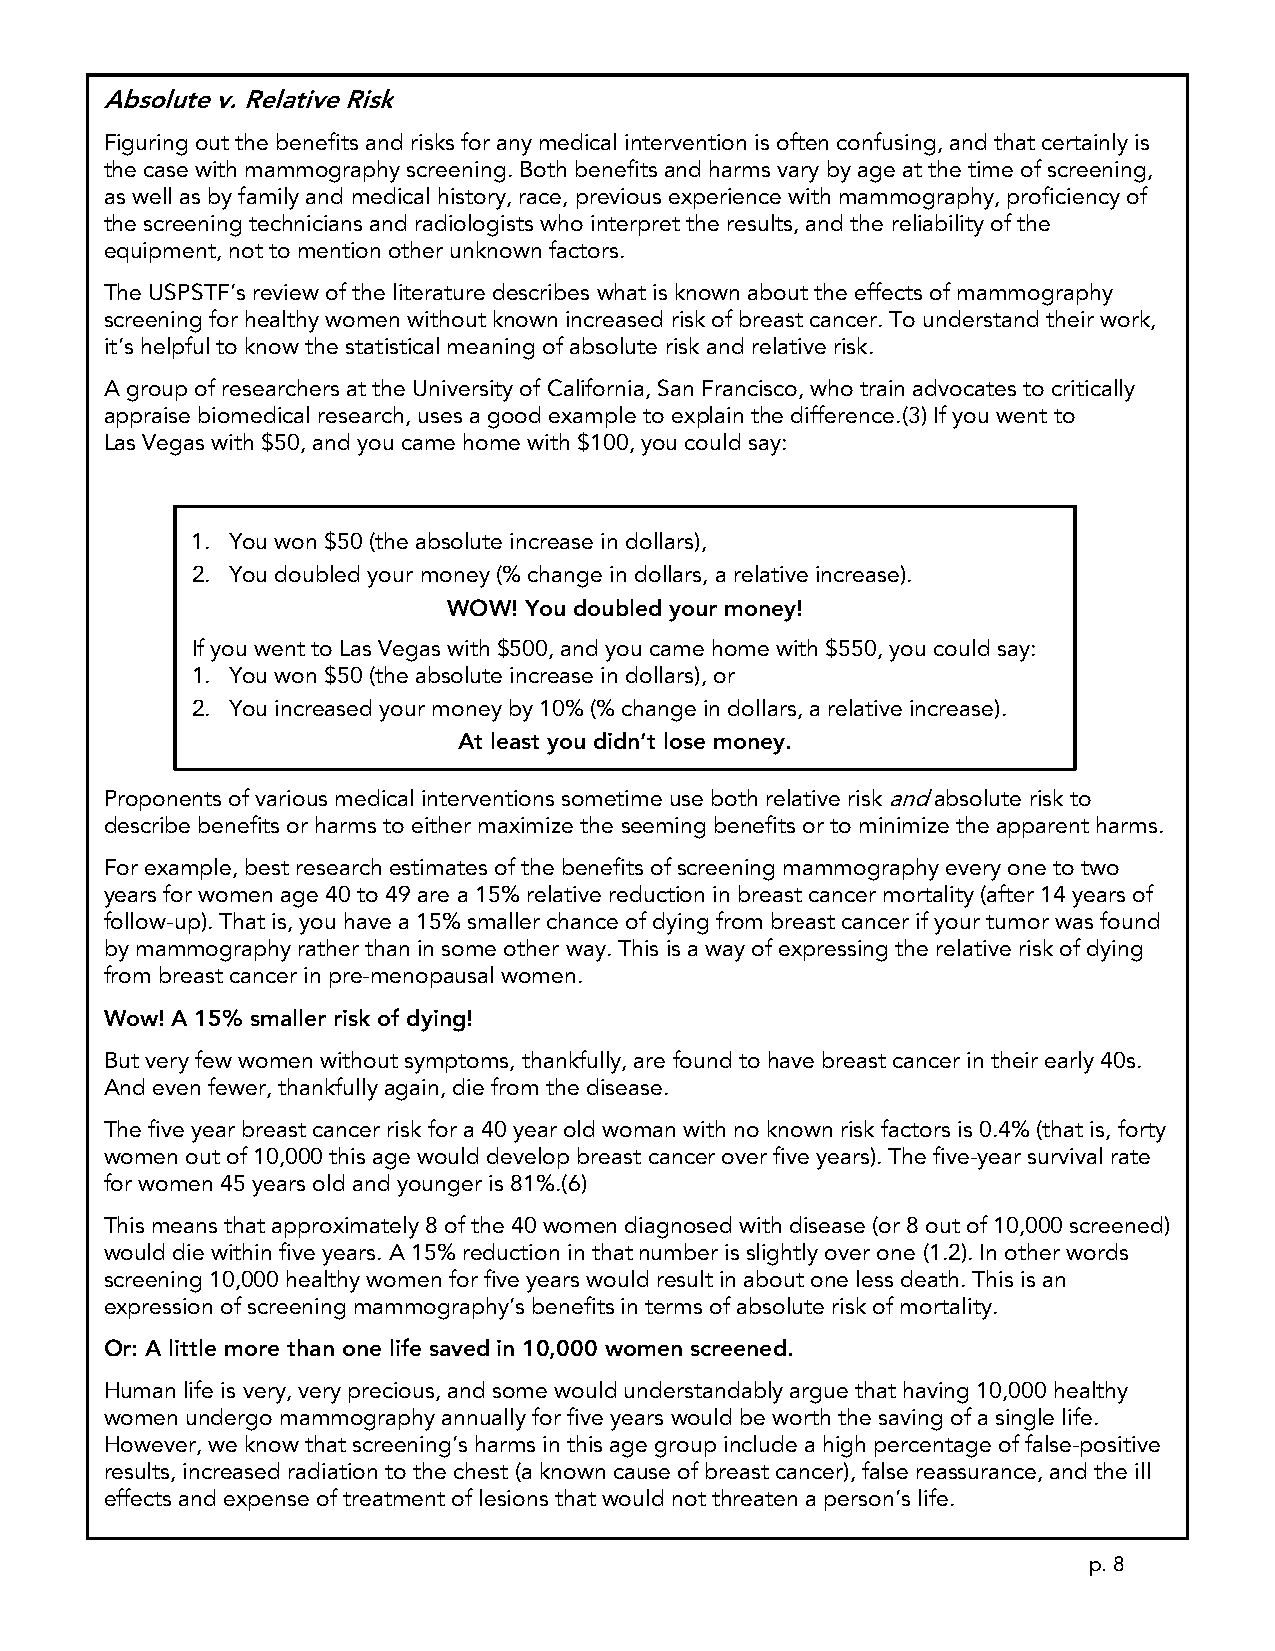
Absolute v. Relative Risk
 Figuring out the benefits and risks for any medical intervention is often confusing, and that certainly is
 the c ase with mammography screening. Both benefits and harms vary by age at the time of screening,
 as well as by family and medical history, race, previous experience with mammography, proficiency of
 the s creening technicians and radiologists who interpret the results, and the reliability of the
 equipment, not to mention other unknown factors.
 The USPSTF’s review of the literature describes what is known about the effects of mammography
 screening for healthy women without known increased risk of breast cancer. To understand their work,
 it’s helpful to know the statistical meaning of absolute risk and relative risk.
 A group of researchers at the University of California, San Francisco, who train advocates to critically
 appraise biomedical research, uses a good example to explain the difference.(3) If you went to
 Las Vegas with $50, and you came home with $100, you could say:
 1. You won $50 (the absolute increase in dollars),
 2. You doubled your money (% change in dollars, a relative increase).
 WOW! You doubled your money!
 If you went to Las Vegas with $500, and you came home with $550, you could say:
 1. You won $50 (the absolute increase in dollars), or
 2. You increased your money by 10% (% change in dollars, a relative increase).
 At least you didn’t lose money.
 Proponents of various medical interventions sometime use both relative risk and absolute risk to
 describe benefits or harms to either maximize the seeming benefits or to minimize the apparent harms.
 For example, best research estimates of the benefits of screening mammography every one to two
 years for women age 40 to 49 are a 15% relative reduction in breast cancer mortality (after 14 years of
 follow-up). That is, you have a 15% smaller chance of dying from breast cancer if your tumor was found
 by mammography rather than in some other way. This is a way of expressing the relative risk of dying
 from breast cancer in pre-menopausal women.
 Wow! A 15% smaller risk of dying!
 But very few women without symptoms, thankfully, are found to have breast cancer in their early 40s.
 And even fewer, thankfully again, die from the disease.
 The five year breast cancer risk for a 40 year old woman with no known risk factors is 0.4% (that is, forty
 women out of 10,000 this age would develop breast cancer over five years). The five-year survival rate
 for women 45 years old and younger is 81%.(6)
 This means that approximately 8 of the 40 women diagnosed with disease (or 8 out of 10,000 screened)
 would die within five years. A 15% reduction in that number is slightly over one (1.2). In other words
 screening 10,000 healthy women for five years would result in about one less death. This is an
 expression of screening mammography’s benefits in terms of absolute risk of mortality.
 Or: A little more than one life saved in 10,000 women screened.
 Human life is very, very precious, and some would understandably argue that having 10,000 healthy
 women undergo mammography annually for five years would be worth the saving of a single life.
 However, we know that screening’s harms in this age group include a high percentage of false-positive
 results, increased radiation to the chest (a known cause of breast cancer), false reassurance, and the ill
 effects and expense of treatment of lesions that would not threaten a person’s life.
 p. 8